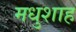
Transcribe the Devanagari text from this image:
मधुशाह